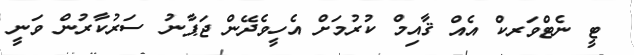
ޓީ ނެޓްވަރކް އެއް ޤާއިމް ކުރުމަށް އެހީވެދޭން ޖަޕާނު ސަރުކާރުން ވަނީ